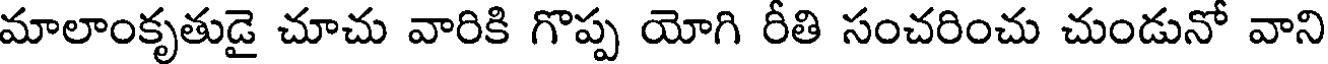
మాలాంకృతుడై చూచు వారికి గొప్ప యోగి రీతి సంచరించు చుండునో వాని